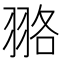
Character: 𦐦